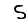
Digit: 5